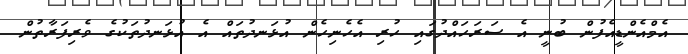
އެމްއެންޑީއެފުން ބުނީ އެ ސަރަހައްދުގައި ހުރި އެހެނިހެން އުޅަނދުތައް އެ އުޅަނދުތަކުގެ ވެރިފަރާތުން